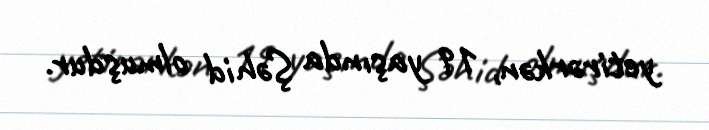
yetirərkən, 19 yaşında Şəhid olmuşdur.